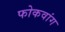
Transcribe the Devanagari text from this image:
फोकवांग